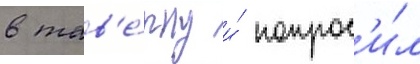
в тав'е́рну и́ попрос'и́л